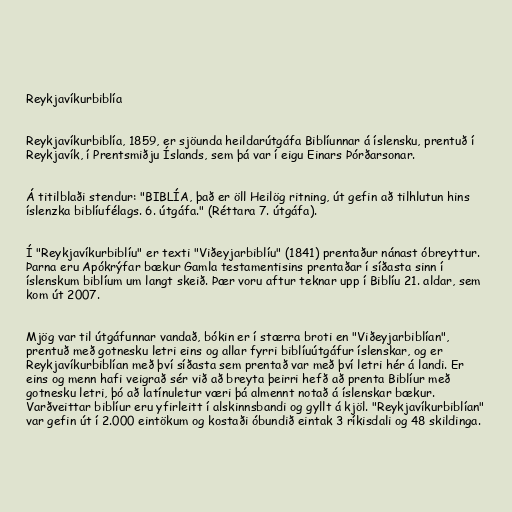
Reykjavíkurbiblía

Reykjavíkurbiblía, 1859, er sjöunda heildarútgáfa Biblíunnar á íslensku, prentuð í
Reykjavík, í Prentsmiðju Íslands, sem þá var í eigu Einars Þórðarsonar.

Á titilblaði stendur: "BIBLÍA, það er öll Heilög ritning, út gefin að tilhlutun hins
íslenzka biblíufélags. 6. útgáfa." (Réttara 7. útgáfa).

Í "Reykjavíkurbiblíu" er texti "Viðeyjarbiblíu" (1841) prentaður nánast óbreyttur.
Þarna eru Apókrýfar bækur Gamla testamentisins prentaðar í síðasta sinn í
íslenskum biblíum um langt skeið. Þær voru aftur teknar upp í Biblíu 21. aldar, sem
kom út 2007.

Mjög var til útgáfunnar vandað, bókin er í stærra broti en "Viðeyjarbiblían",
prentuð með gotnesku letri eins og allar fyrri biblíuútgáfur íslenskar, og er
Reykjavíkurbiblían með því síðasta sem prentað var með því letri hér á landi. Er
eins og menn hafi veigrað sér við að breyta þeirri hefð að prenta Biblíur með
gotnesku letri, þó að latínuletur væri þá almennt notað á íslenskar bækur.
Varðveittar biblíur eru yfirleitt í alskinnsbandi og gyllt á kjöl. "Reykjavíkurbiblían"
var gefin út í 2.000 eintökum og kostaði óbundið eintak 3 ríkisdali og 48 skildinga.